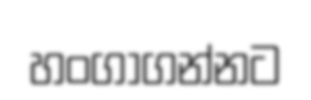
හංගාගන්නට